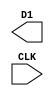
// This should blink at a rate of ~ second

module main (output  D1, input  CLK);
  
  parameter N = 24;
  
  reg [N-1:0] cnt;
  
  always @(posedge CLK) begin
    cnt <= cnt+1;
  end
  assign LED0 = cnt[N-1];


endmodule